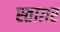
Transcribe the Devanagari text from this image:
स्ताग़र